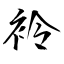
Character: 袊